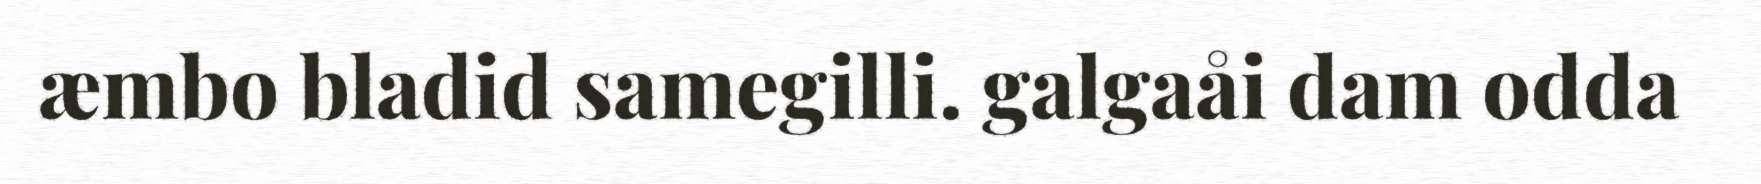
æmbo bladid samegilli. galgaåi dam odda